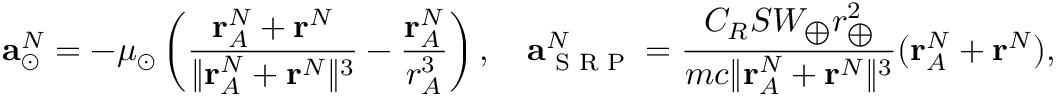
\mathbf { a } _ { \odot } ^ { N } = - \mu _ { \odot } \left( \frac { \mathbf { r } _ { A } ^ { N } + \mathbf { r } ^ { N } } { \lVert \mathbf { r } _ { A } ^ { N } + \mathbf { r } ^ { N } \rVert ^ { 3 } } - \frac { \mathbf { r } _ { A } ^ { N } } { r _ { A } ^ { 3 } } \right) , \quad \mathbf { a } _ { \textup { S R P } } ^ { N } = \frac { C _ { R } S W _ { \bigoplus } r _ { \bigoplus } ^ { 2 } } { m c \lVert \mathbf { r } _ { A } ^ { N } + \mathbf { r } ^ { N } \rVert ^ { 3 } } ( \mathbf { r } _ { A } ^ { N } + \mathbf { r } ^ { N } ) ,